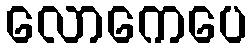
လောကေပေ